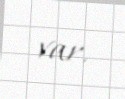
var.